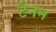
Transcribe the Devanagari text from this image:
टैनन